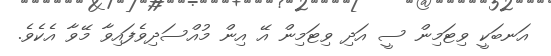
އަނބަކީ ވިޓަމިން ސީ އަދި ވިޓަމިން އޭ އިން މުއްސަދިވެފައިވާ މޭވާ އެކެވެ.